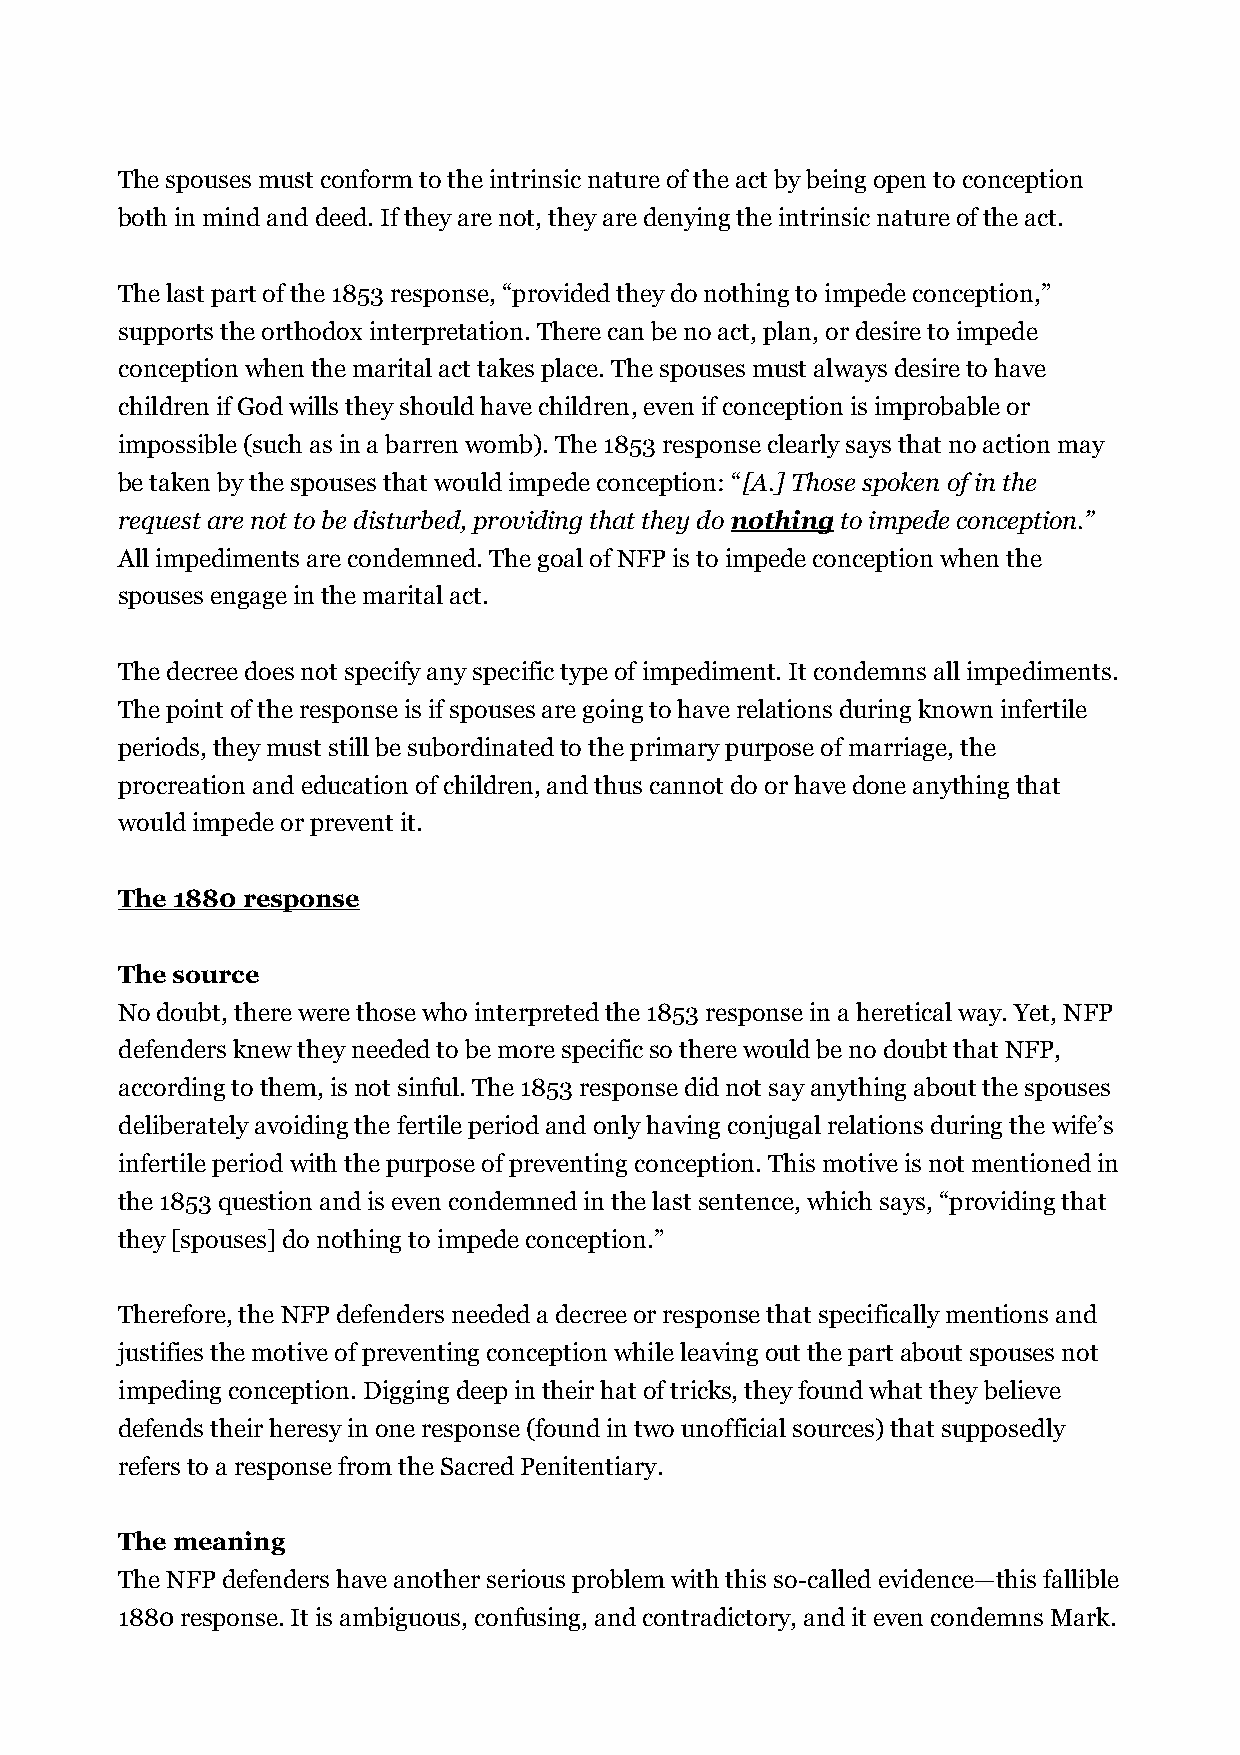
The spouses must conform to the intrinsic nature of the act by being open to conception
 both in mind and deed. If they are not, they are denying the intrinsic nature of the act.
 The last part of the 1853 response, “provided they do nothing to impede conception,”
 supports the orthodox interpretation. There can be no act, plan, or desire to impede
 conception when the marital act takes place. The spouses must always desire to have
 children if God wills they should have children, even if conception is improbable or
 impossible (such as in a barren womb). The 1853 response clearly says that no action may
 be taken by the spouses that would impede conception: “[A.] Those spoken of in the
 request are not to be disturbed, providing that they do nothing to impede conception.”
 All impediments are condemned. The goal of NFP is to impede conception when the
 spouses engage in the marital act.
 The decree does not specify any specific type of impediment. It condemns all impediments.
 The point of the response is if spouses are going to have relations during known infertile
 periods, they must still be subordinated to the primary purpose of marriage, the
 procreation and education of children, and thus cannot do or have done anything that
 would impede or prevent it.
 The 1880 response
 The source
 No doubt, there were those who interpreted the 1853 response in a heretical way. Yet, NFP
 defenders knew they needed to be more specific so there would be no doubt that NFP,
 according to them, is not sinful. The 1853 response did not say anything about the spouses
 deliberately avoiding the fertile period and only having conjugal relations during the wife’s
 infertile period with the purpose of preventing conception. This motive is not mentioned in
 the 1853 question and is even condemned in the last sentence, which says, “providing that
 they [spouses] do nothing to impede conception.”
 Therefore, the NFP defenders needed a decree or response that specifically mentions and
 justifies the motive of preventing conception while leaving out the part about spouses not
 impeding conception. Digging deep in their hat of tricks, they found what they believe
 defends their heresy in one response (found in two unofficial sources) that supposedly
 refers to a response from the Sacred Penitentiary.
 The meaning
 The NFP defenders have another serious problem with this so-called evidence—this fallible
 1880 response. It is ambiguous, confusing, and contradictory, and it even condemns Mark.